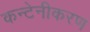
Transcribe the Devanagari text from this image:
कन्टेनीकरण